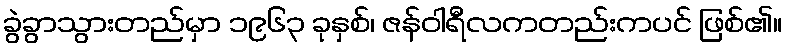
ခွဲခွာသွားတည်မှာ ၁၉၆၃ ခုနှစ်၊ ဇန်ဝါရီလကတည်းကပင် ဖြစ်၏။